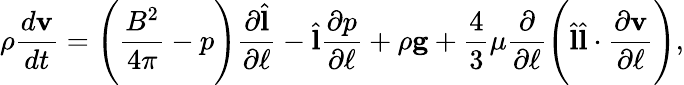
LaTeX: \rho\frac{d\textbf{v}}{dt}=\Bigg(\frac{B^{2}}{4\pi}-p\Bigg)\frac{\partial\hat{\textbf{l}}}{\partial\ell}-\hat{\textbf{l}}\frac{\partial p}{\partial\ell}+\rho\textbf{g}+\frac{4}{3}\mu\frac{\partial}{\partial\ell}\Bigg(\hat{\textbf{l}}\hat{\textbf{l}}\cdot\frac{\partial\textbf{v}}{\partial\ell}\Bigg),